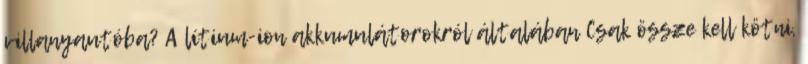
villanyautóba? A lítium-ion akkumulátorokról általában Csak össze kell kötni,